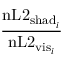
\frac { \mathrm { n L 2 } _ { \mathrm { s h a d } _ { i } } } { \mathrm { n L 2 } _ { \mathrm { v i s } _ { i } } }